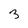
Character: 3